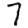
Digit: 7